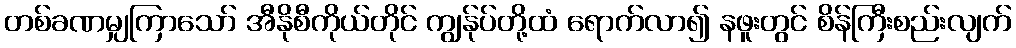
တစ်ခဏမျှကြာသော် အီနိုစီကိုယ်တိုင် ကျွန်ုပ်တို့ထံ ရောက်လာ၍ နဖူးတွင် စိန်ကြီးစည်းလျက်